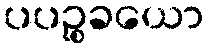
ပပဉ္စခယော